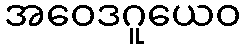
အဝေဒဂူယေဝ